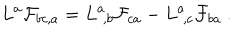
LaTeX: L ^ { a } { \cal F } _ { b c , a } = L ^ { a } \! _ { , b } { \cal F } _ { c a } - L ^ { a } \! _ { , c } { \cal F } _ { b a } \ .